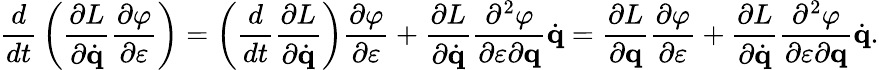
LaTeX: {\frac{d}{dt}}\left({\frac{\partial L}{\partial{\dot{\mathbf{q}}}}}{\frac{\partial\varphi}{\partial\varepsilon}}\right)=\left({\frac{d}{dt}}{\frac{\partial L}{\partial{\dot{\mathbf{q}}}}}\right){\frac{\partial\varphi}{\partial\varepsilon}}+{\frac{\partial L}{\partial{\dot{\mathbf{q}}}}}{\frac{\partial^{2}\varphi}{\partial\varepsilon\partial\mathbf{q}}}{\dot{\mathbf{q}}}={\frac{\partial L}{\partial\mathbf{q}}}{\frac{\partial\varphi}{\partial\varepsilon}}+{\frac{\partial L}{\partial{\dot{\mathbf{q}}}}}{\frac{\partial^{2}\varphi}{\partial\varepsilon\partial\mathbf{q}}}{\dot{\mathbf{q}}}.